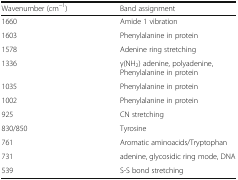
<table><thead><tr><td><b>Wavenumber (cm<sup>−1</sup>)</b></td><td><b>Band assignment</b></td></tr></thead><tbody><tr><td>1660</td><td>Amide 1 vibration</td></tr><tr><td>1603</td><td>Phenylalanine in protein</td></tr><tr><td>1578</td><td>Adenine ring stretching</td></tr><tr><td>1336</td><td>γ(NH<sub>2</sub>) adenine, polyadenine, Phenylalanine in protein</td></tr><tr><td>1035</td><td>Phenylalanine in protein</td></tr><tr><td>1002</td><td>Phenylalanine in protein</td></tr><tr><td>925</td><td>CN stretching</td></tr><tr><td>830/850</td><td>Tyrosine</td></tr><tr><td>761</td><td>Aromatic aminoacids/Tryptophan</td></tr><tr><td>731</td><td>adenine, glycosidic ring mode, DNA</td></tr><tr><td>539</td><td>S-S bond stretching</td></tr></tbody></table>